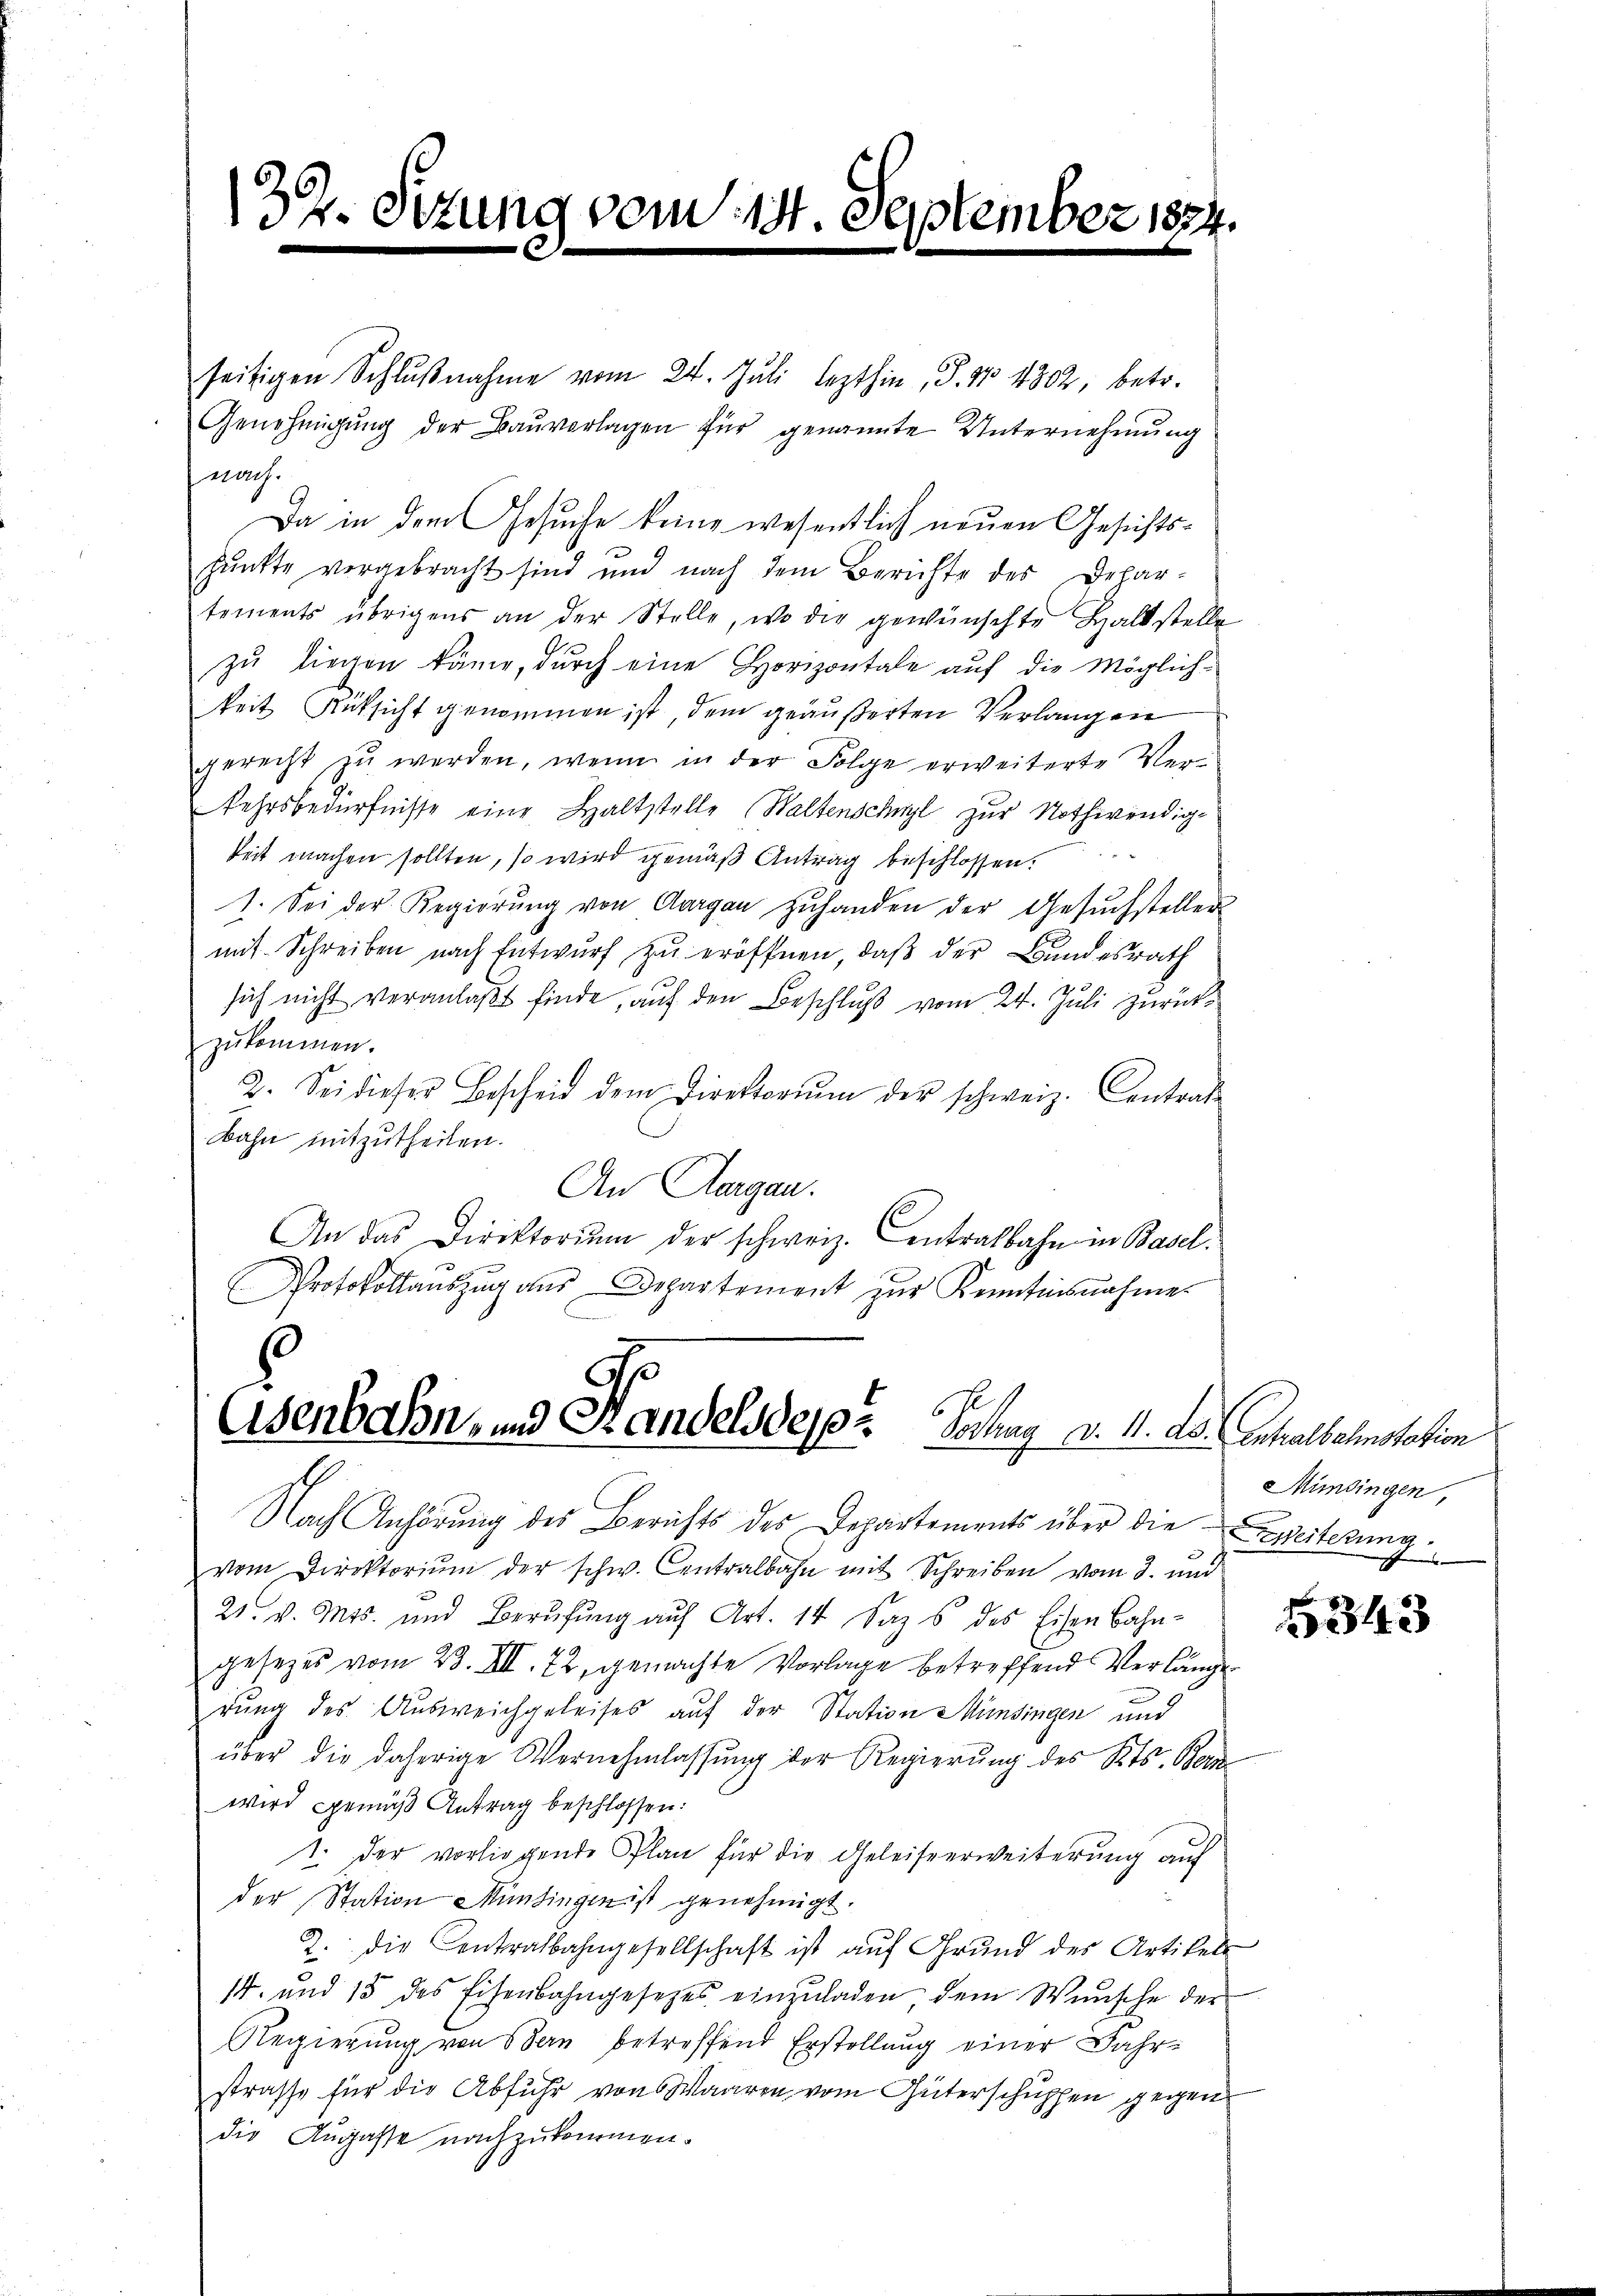
39. Sitzung vom 19 September 1834.

seitigen Schlŭβnahme vom 24. Jŭli lezthin, S. 17. 4802, betr.
Genehmigung der Bauverlagen für genannte Unternehmung
nach.
Da in dem Gesuche keine wesentlich neuen Gesichtspŭnkte vergebracht sind und nach dem Berichte des Depar-
tements übrigens an der Stelle, wo die gewünschte Haltstelle
zu liegen käme, durch eine Horizontale auf die Möglich-
keit Rüksicht genommen ist, dem geäußerten Verlangen
gerecht zu werden, wenn in der Folge erweiterte Verkehrsbedürfnisse eine Haltstelle (Waltenschwyl zur Nothwendig-
keit machen sollten, so wird gemäß Antrag beschlossen:
1. Sei der Regierŭng von Aargau Zŭhanden der Gesŭchstellen
mit Schreiben nach Entwurf zu eröffnen, daß der Bundesrath
sich nicht veranlaßt finde, auf den Beschluß vom 24. Juli zurückzŭkommen.
2. Sei dieser Bescheid dem Direktoriŭm der schweiz. Contrate
Bahn mitzutheilen.
An Aargau.
An das Direktorium der schweiz. Centralbahn in Basel¬
Protokollaŭszŭg aŭs Departement zŭr Kenntnisnahme

d
Asenbahn- und Randels des Jochung d. 4. ds. erhalbeinstation

Nach Anhörung des Berichts des Departements über die weiterung
vom Direktoriŭm der schw. Centralbahn mit Schreiben vom 3. und
21. v. Mts. und Berŭfŭng aŭf Art. 14 Saz s des Eisenbahn-
gesezes vom 23. III. 72, gemachte Vorlage betreffend Verlänge
dung des Ausweichgeleises auf der Station Münsingen und
über die daherige Vernehmlassung der Regierung des Kts. Bern
wird gemäß Antrag beschlossen:
1. Der vorliegende Plan für die Geleiseerweiterung auf
der Station Münsingen ist genehmigt.
2. die Centralbahngesellschaft ist aŭf Grŭnd des Artikels
14. und 15 des Eisenbahngesetzes einzuladen dem Wunsche der
Regierung von Stern betreffend Erstellung einer Fahrstrasse für die Abfuhr von Waaren vom Güterschupfen gegen
die Augasse nachzukommen.

Mimsingen,

5343